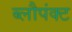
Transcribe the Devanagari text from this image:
ब्लौपंक्ट